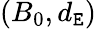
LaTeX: (B_{0},d_{\mathtt{E}})